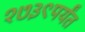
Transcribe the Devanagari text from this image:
१७३९पर्यंत